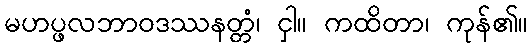
မဟပ္ဖလဘာဝဒဿနတ္တံ၊ ငှါ။ ကထိတာ၊ ကုန်၏။